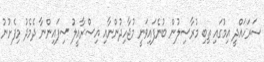
ސަރަހައްދީ އިމުގައި ތިބި މުރާސިލުން ބުނެފައިވަނީ މުޖާހިދުންނާއި އިސްރާއީލު ސިފައިންނާ ދެމެދު މިފެށުނު